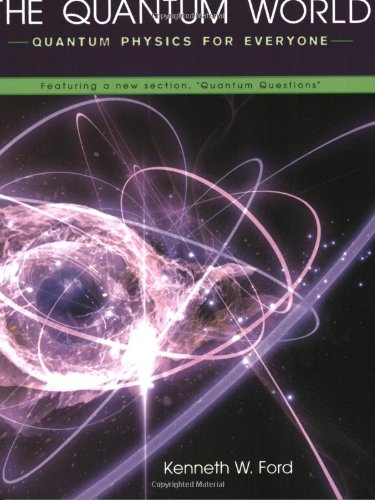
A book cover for The Quantum World: Quantum Physics for Everyone; Kenneth W. Ford; Science & Math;